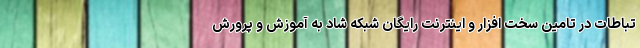
تباطات در تامین سخت افزار و اینترنت رایگان شبکه شاد به آموزش و پرورش